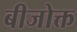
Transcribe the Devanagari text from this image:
बीजोक्त